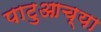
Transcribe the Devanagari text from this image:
पाटुआच्या